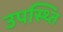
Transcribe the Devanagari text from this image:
उपस्थ्ति